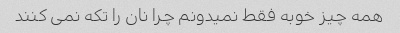
همه چیز خوبه فقط نمیدونم چرا نان را تکه نمى کنند